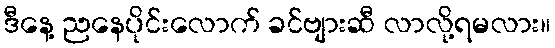
ဒီနေ့ ညနေပိုင်းလောက် ခင်ဗျားဆီ လာလို့ရမလား။